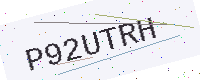
Text: P92UTRH